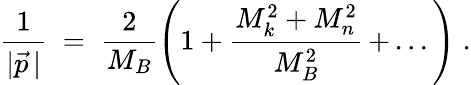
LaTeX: \frac{1}{|\vec{p}\, |}\; =\; \frac{2}{M_{B}}\left(1+\frac{M_{k}^{2}+M_{n}^{2}}{M_{B}^{2}}\, +\, ...\right)\; .